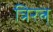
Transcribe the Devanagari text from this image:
त्रिरत्न्